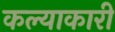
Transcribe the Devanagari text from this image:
कल्याकारी